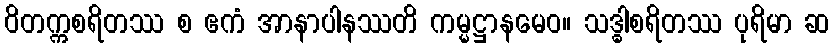
ဝိတက္ကစရိတဿ စ ဧကံ အာနာပါနဿတိ ကမ္မဋ္ဌာနမေဝ။ သဒ္ဓါစရိတဿ ပုရိမာ ဆ